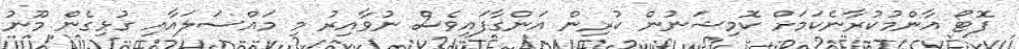
ފޮޓޯ އާންމުކުރާނެކަމަށް ކޮމިޝަނުން ކުރިން އަންގާފައިވެސް ނުވާއިރު މި މައްސަލައާއި ގުޅިގެން މޫނު